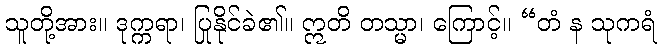
သူတို့အား။ ဒုက္ကရာ၊ ပြုနိုင်ခဲ၏။ ဣတိ တသ္မာ၊ ကြောင့်။ “တံ န သုကရံ